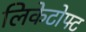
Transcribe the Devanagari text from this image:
लिकेटोफ्ट